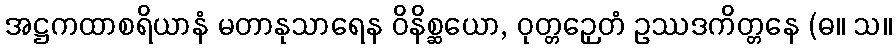
အဋ္ဌကထာစရိယာနံ မတာနုသာရေန ဝိနိစ္ဆယော, ဝုတ္တဉှေတံ ဥဿဒကိတ္တနေ (ဓ။ သ။